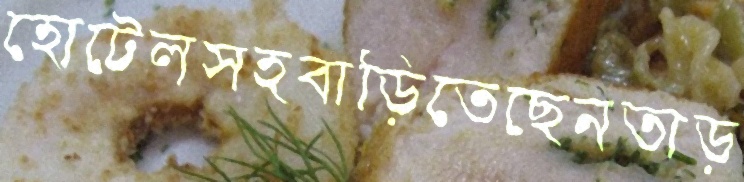
হোটেলসহবাড়িতেছেনতাড়